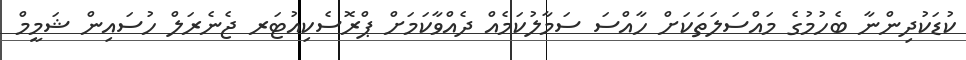
ކުޑަކުދިންނާ ބެހުމުގެ މައްސަލަތަކަށް ހާއްސަ ސަމާލުކަމެއް ދެއްވާކަމަށް ޕްރޮސެކިއުޓަރ ޖެނެރަލް ހުސައިން ޝަމީމް